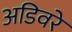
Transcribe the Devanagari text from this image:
अडिवरे